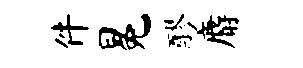
件冕醪麝